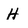
Character: H